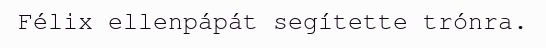
Félix ellenpápát segítette trónra.